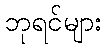
ဘုရင်များ